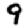
Digit: 9